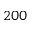
2 0 0